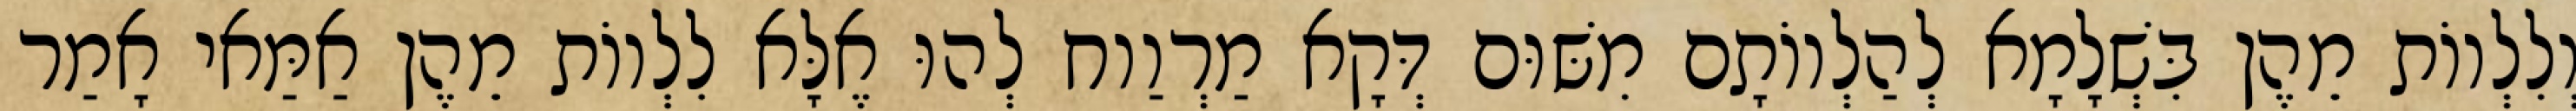
וְלִלְווֹת מֵהֶן בִּשְׁלָמָא לְהַלְווֹתָם מִשּׁוּם דְּקָא מַרְוַוח לְהוּ אֶלָּא לִלְווֹת מֵהֶן אַמַּאי אָמַר